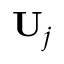
\mathbf { { U } } _ { j }